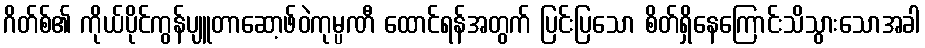
ဂိတ်စ်၏ ကိုယ်ပိုင်ကွန်ပျူတာဆော့ဖ်ဝဲကုမ္ပဏီ ထောင်ရန်အတွက် ပြင်းပြသော စိတ်ရှိနေကြောင်းသိသွားသောအခါ